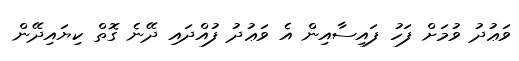
ވަޢުދު ވުމަށް ފަހު ފައިސާއިން އެ ވަޢުދު ފުއްދައި ދޭނެ ގޮތް ކިޔައިދޭން